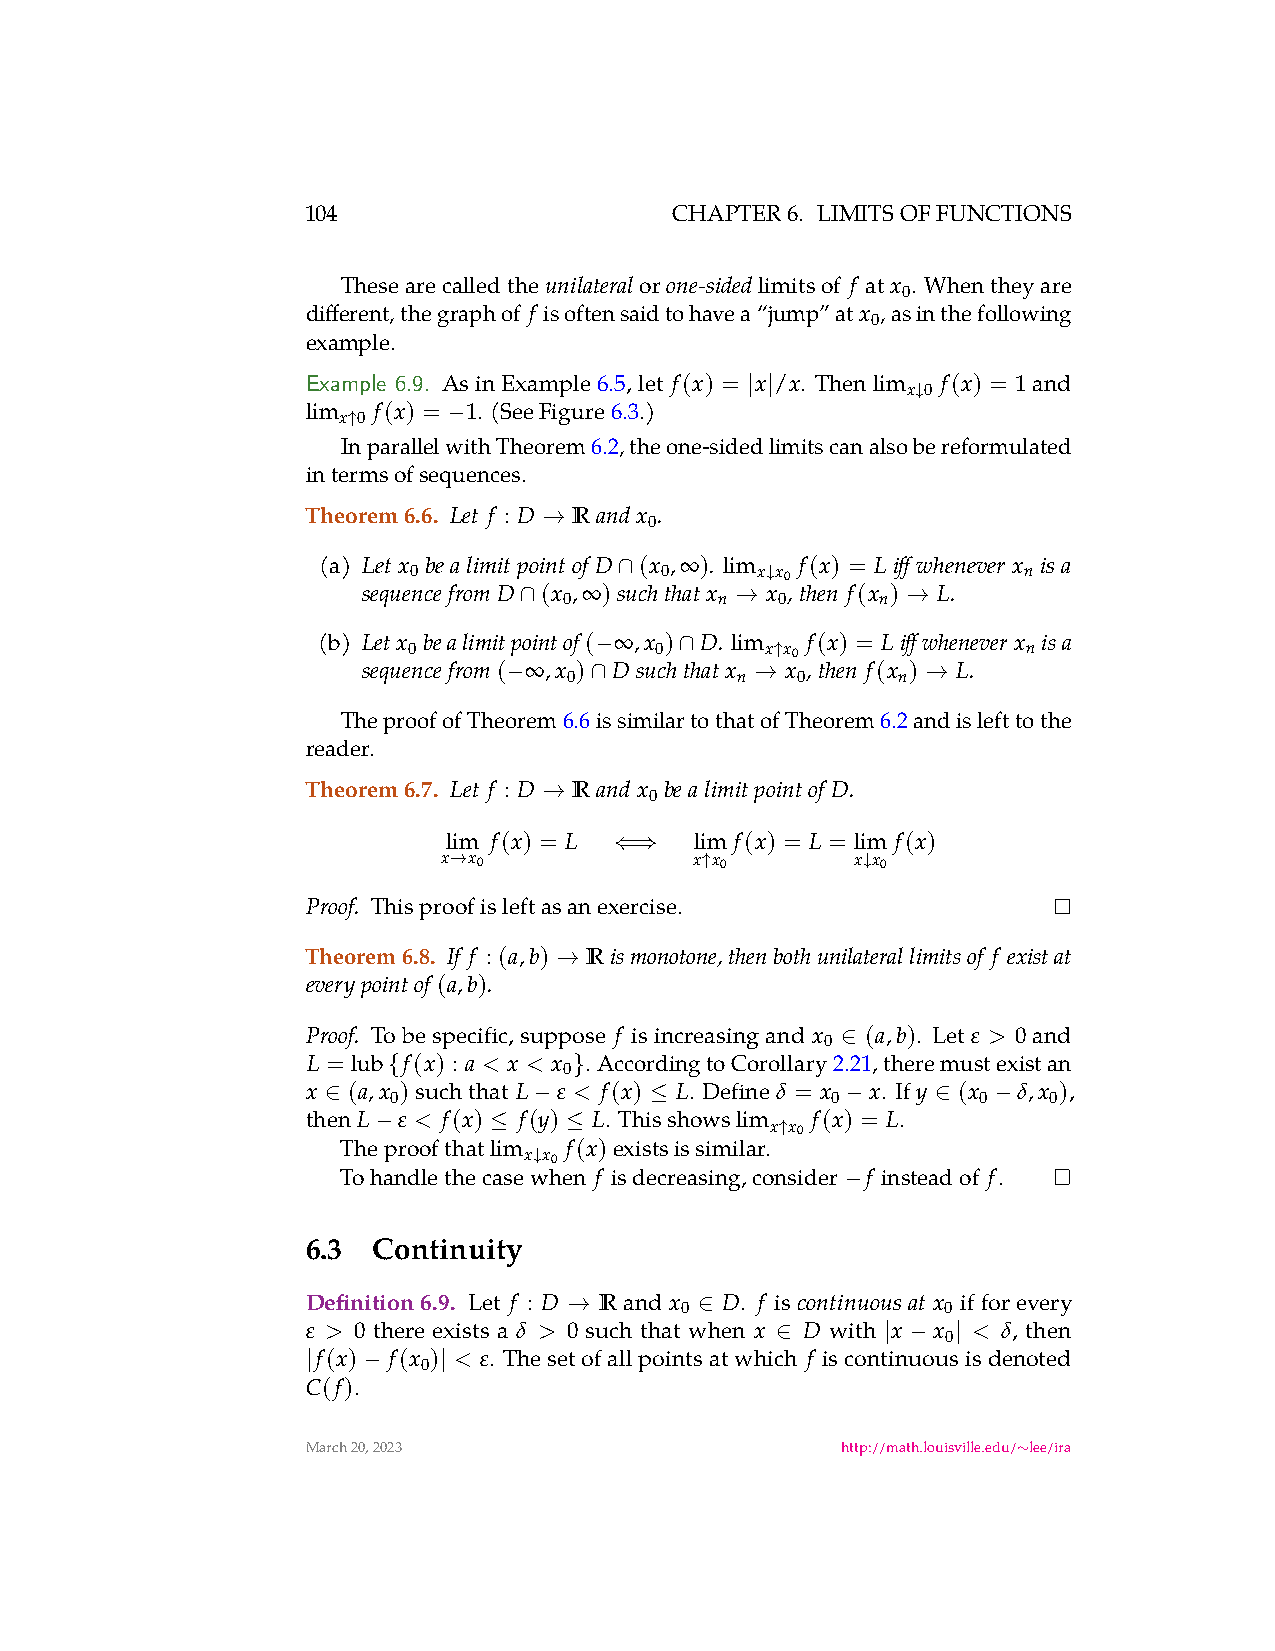
104                      CHAPTER6. LIMITSOFFUNCTIONS
 Thesearecalledthe unilateralor one-sidedlimitsof f at x . Whentheyare
 0
 different,thegraphof f isoftensaidtohavea“jump”atx ,asinthefollowing
 0
 example.
 Example 6.9. AsinExample6.5,let f(x) = x /x. Then lim f(x) = 1and
 x 0
 lim  f(x) = 1. (SeeFigure6.3.) | |       ↓
 x 0
 ↑      −
 InparallelwithTheorem6.2,theone-sidedlimitscanalsobereformulated
 intermsofsequences.
 Theorem6.6. Let f : D R and x .
 0
 →
 (a) Let x bealimitpointof D (x ,∞). lim f(x) = Liffwhenever x isa
 seque0
 ncefrom D (x
 ,∞)s∩
 uch0
 that x
 x
 ↓
 xx0
 ,then f(x ) L.
 n
 0          n   0     n
 ∩              →          →
 (b) Letx bealimitpointof( ∞ ,x ) D. lim f(x) = Liffwheneverx isa
 seque0
 ncefrom( ∞ ,x )
 − Dsu0 ch∩
 that x
 x ↑x x0
 ,then f(x ) L.
 n
 0          n   0     n
 −    ∩          →          →
 TheproofofTheorem6.6issimilartothatofTheorem6.2andislefttothe
 reader.
 Theorem6.7. Let f : D R and x bealimitpointof D.
 0
 →
 lim f(x) = L    lim f(x) = L = lim f(x)
 x →x0       ⇐⇒   x ↑x0      x ↓x0
 Thisproofisleftasanexercise.
 Proof.
 Theorem6.8. If f : (a,b) R ismonotone,thenbothunilaterallimitsof f existat
 →
 everypointof(a,b).
 Proof. To be specific, suppose f is increasing and x (a,b). Let ε > 0 and
 0
 ∈
 L = lub f(x) : a < x < x . AccordingtoCorollary2.21,theremustexistan
 0
 {           }
 x  (a,x )suchthat L ε < f(x) L. Define δ = x x. Ify (x δ,x ),
 0                            0         0   0
 ∈            −       ≤            −     ∈   −
 then L ε < f(x) f(y) L. Thisshows lim f(x) = L.
 The−
 proofthat
 l≤
 im
 f≤
 (x)existsissimilar.x ↑x0
 Tohandlethecasex w↓x h0
 en f isdecreasing,consider f insteadof f.
 −
 6.3  Continuity
 Definition 6.9. Let f : D Rand x D. f is continuousat x ifforevery
 0                 0
 →       ∈
 ε > 0 there exists a δ > 0 such that when x D with x x < δ, then
 0
 ∈       | − |
 f(x) f(x ) < ε. Thesetofallpointsatwhich f iscontinuousisdenoted
 0
 |   −    |
 C(f).
 March20,2023                        http://math.louisville.edu/ lee/ira
 ∼